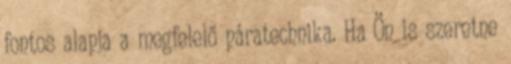
fontos alapja a megfelelő páratechnika. Ha Ön is szeretne